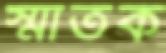
স্মাতক